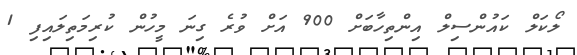
ލޯކަލް ކައުންސިލް އިންތިހާބަށް 900 އަށް ވުރެ ގިނަ މީހުން ކުރިމަތިލައިފި 1